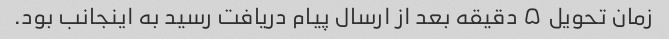
زمان تحویل ۵ دقیقه بعد از ارسال پیام دریافت رسید به اینجانب بود.